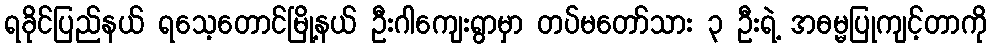
ရခိုင်ပြည်နယ် ရသေ့တောင်မြို့နယ် ဦးဂါကျေးရွာမှာ တပ်မတော်သား ၃ ဦးရဲ့ အဓမ္မပြုကျင့်တာကို